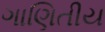
ગાણિતીય